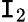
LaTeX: \mathtt{I}_{2}